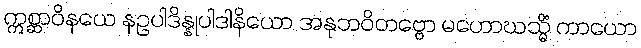
ဣစ္ဆာဝိနယေ နဥပါဒိန္နုပါဒါနိယော အနုဘဝိတဗ္ဗော မဟောဃသ္မိံ ကာယော